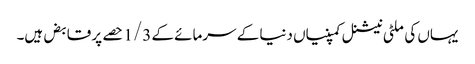
یہاں کی ملٹی نیشنل کمپنیاں دنیا کے سرمائے کے 1/3 حصے پر قابض ہیں۔